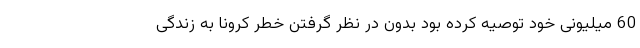
60 میلیونی خود توصیه کرده بود بدون در نظر گرفتن خطر کرونا به زندگی